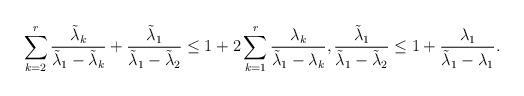
LaTeX: \begin{align*} \sum_{k=2}^r\frac{\tilde\lambda_k}{\tilde\lambda_1-\tilde\lambda_k}+\frac{\tilde\lambda_1}{\tilde\lambda_1-\tilde\lambda_2}&\leq 1+2\sum_{k=1}^r\frac{\lambda_k}{\tilde\lambda_1-\lambda_k}, \frac{\tilde\lambda_1}{\tilde\lambda_1-\tilde\lambda_2}\leq 1+\frac{\lambda_1}{\tilde\lambda_1-\lambda_1}.\end{align*}